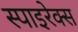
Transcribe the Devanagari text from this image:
स्पाइरेक्स